Petrogradi_Kontroll-Opteerimise_Komisjon, lk 37
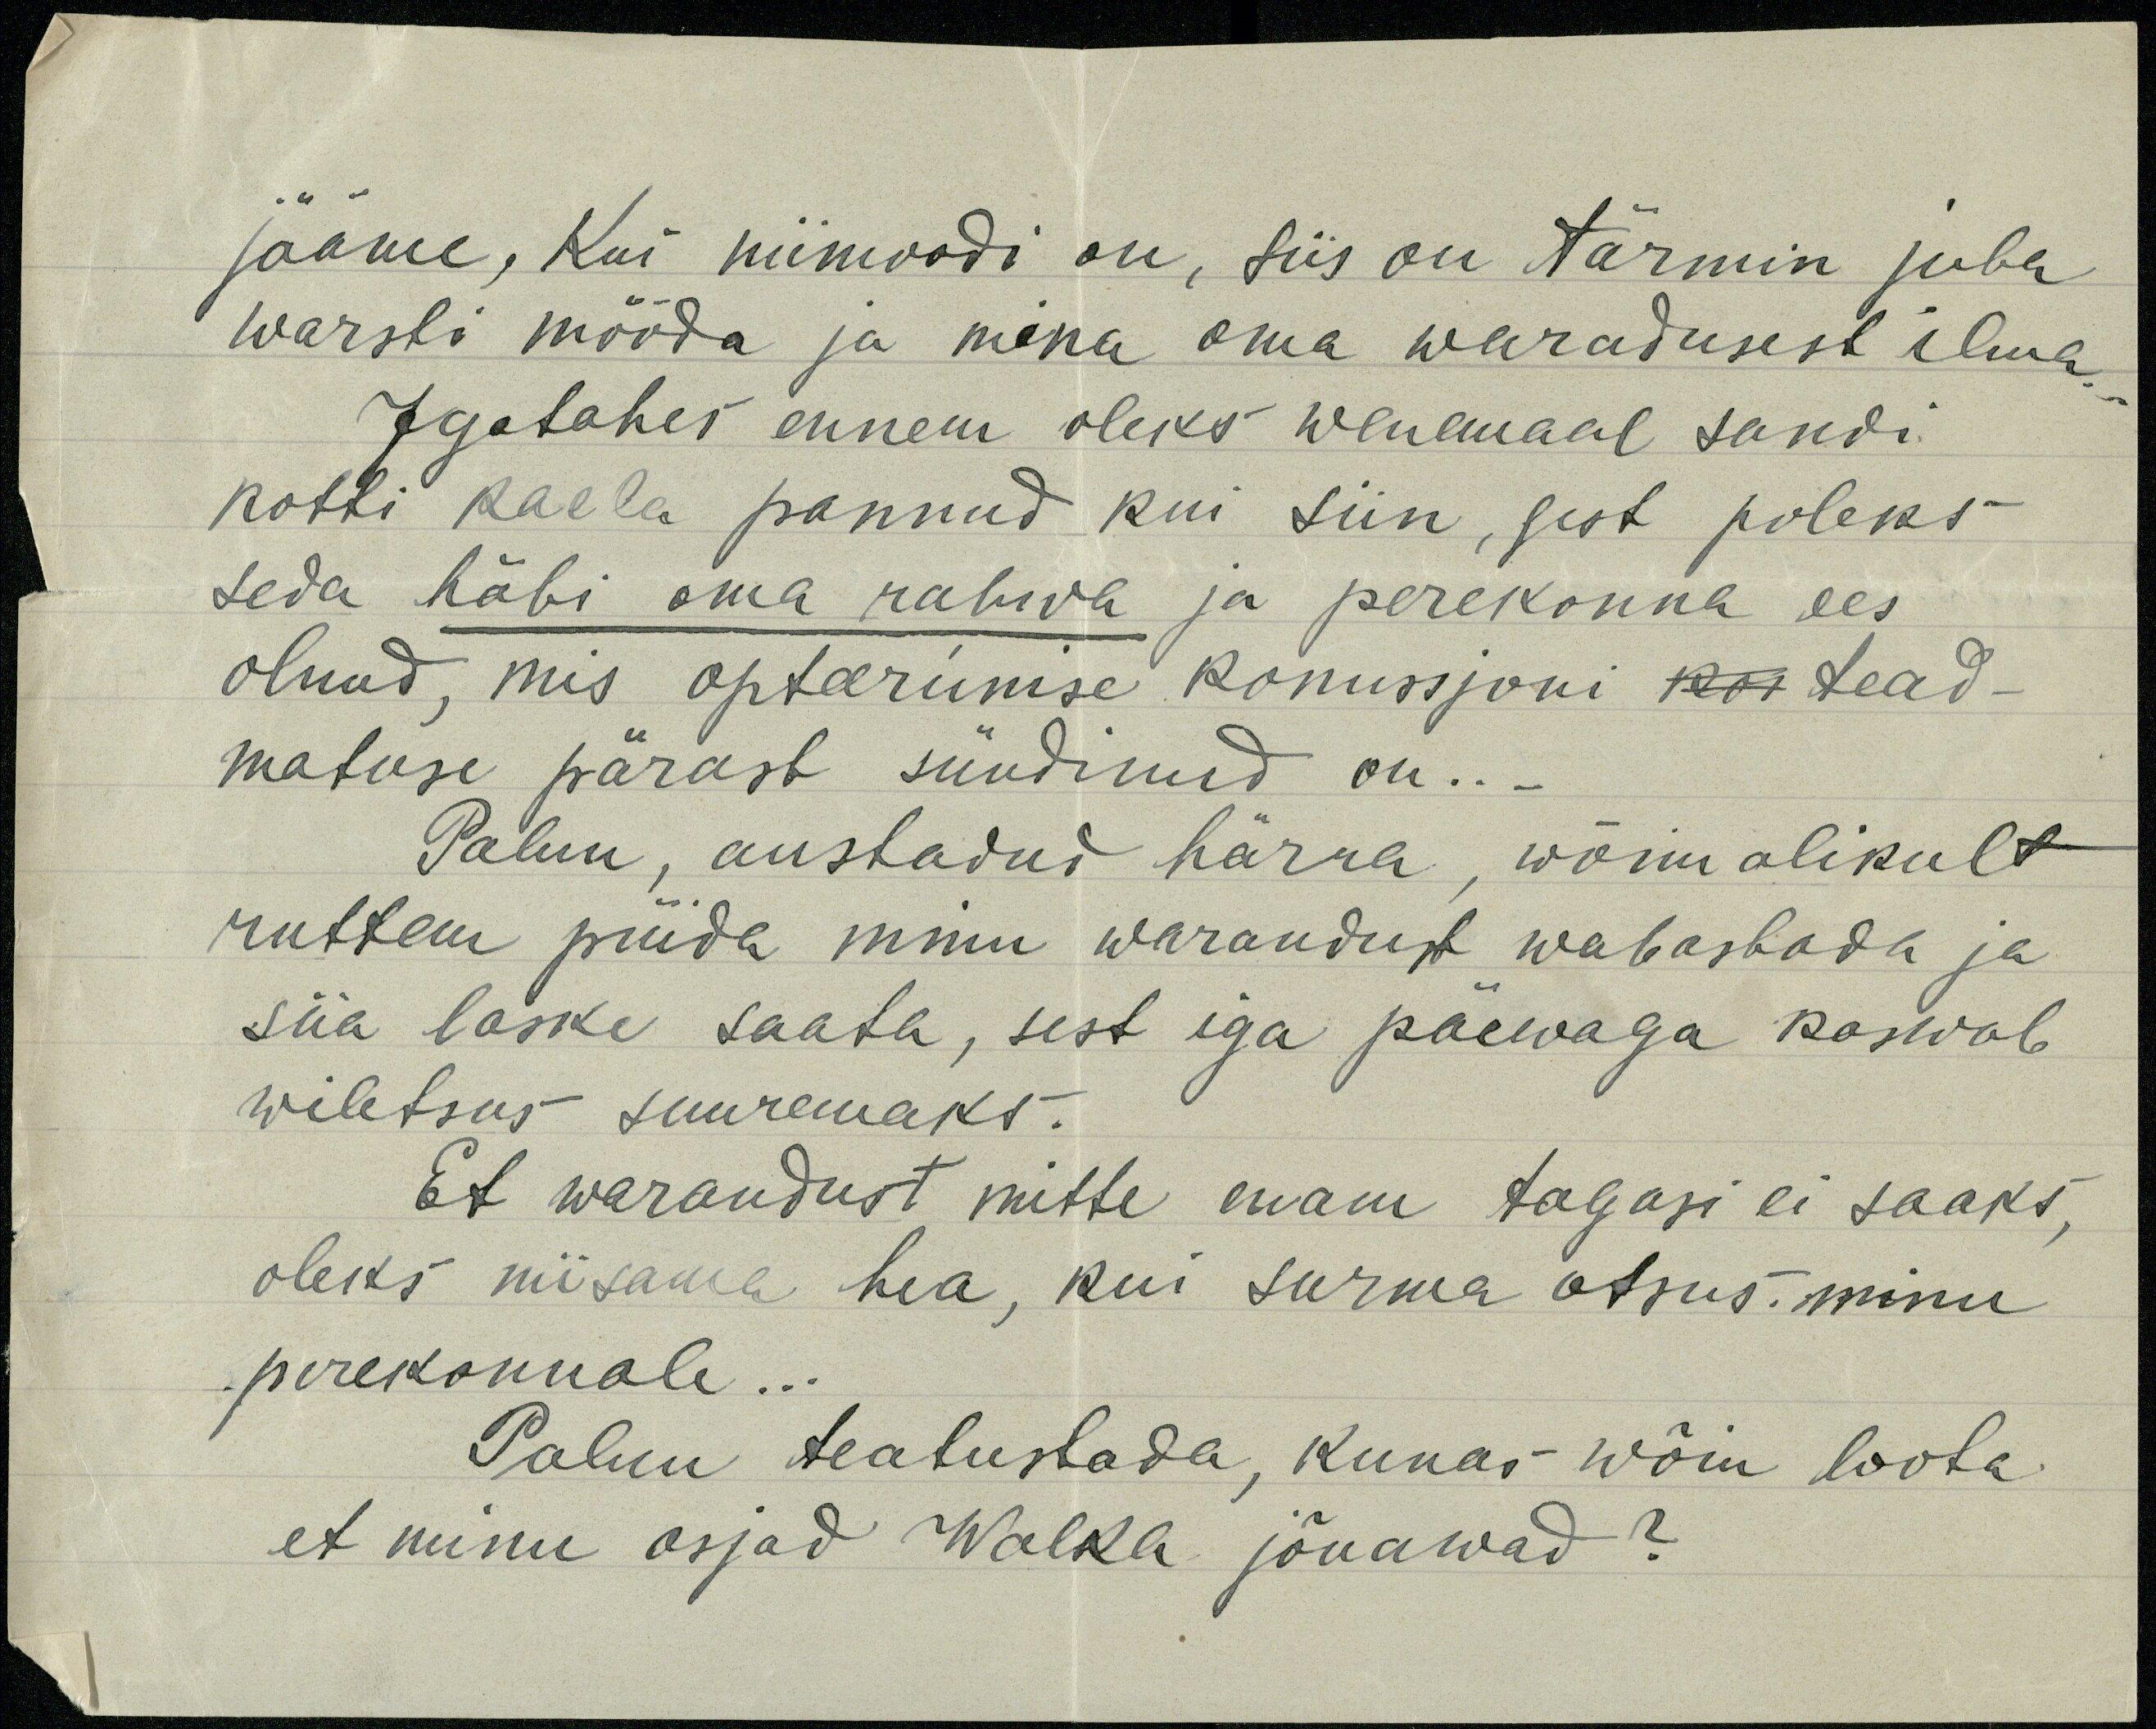
jääme, Kui niimoodi on, siis on tärmin juba
warsti mööda ja mina oma waradusest ilma.
Igatahes ennem oleks wenemaal sandi
kotti kaela pannud kui siin, sest poleks
seda häbi oma rahwa ja perekonna ees
olnud, mis opteerimise komissjoni kor tead-
matuse pärast sündinud on ...
Palun, austadud härra, wõimalikult
ruttem püida minu warandust wabastada ja
siia laske saata, sest iga päewaga kaswab
wiletsus suuremaks.
Et warandust mitte enam tagasi ei saaks,
oleks niisama hea, kui surma otsus minu
perekonnale ...
Palun teatustada, kunas wõin loota
et minu asjad Walka jõuawad?